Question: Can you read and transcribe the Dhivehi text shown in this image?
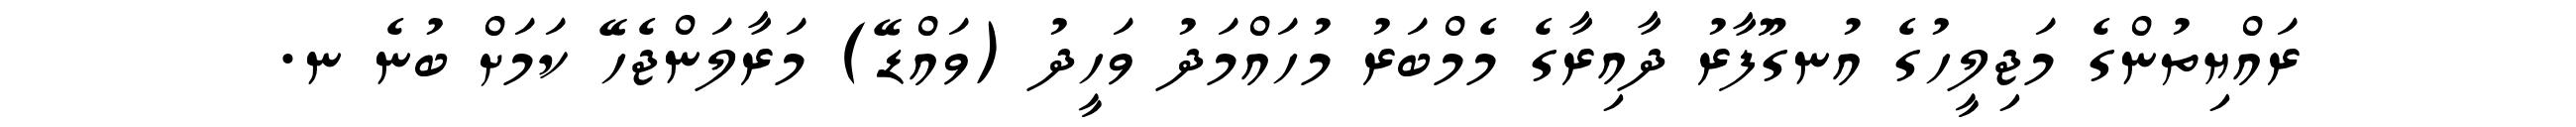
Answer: ރައްޔިތުންގެ މަޖިލީހުގެ އުނގޫފާރު ދާއިރާގެ މެމްބަރު މުހައްމަދު ވަހީދު (ވައްޑޭ) މަރާލަންޖެހޭ ކަމަށް ބުނެ ނ.